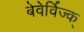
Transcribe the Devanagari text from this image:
बेवेर्विज्क्